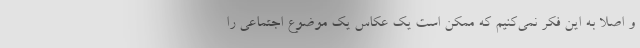
و اصلا به این فکر نمی‌کنیم که ممکن است یک عکاس یک موضوع اجتماعی را